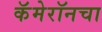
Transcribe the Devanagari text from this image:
कॅमेरॉनचा